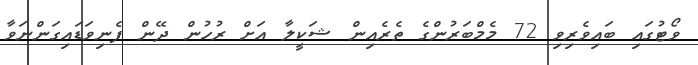
ވޯޓުގައި ބައިވެރިވި 72 މެމްބަރުންގެ ތެރެއިން ޝަކީލާ އަށް ރުހުން ދޭން ފެނިވަޑައިގަންނަވާ